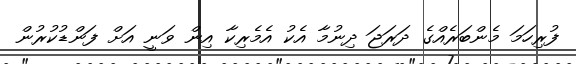
ފުރިހަމަ މެންބަރެއްގެ ދަރަޖަ ދިނުމާ އެކު އެމެރިކާ އިން ވަނީ އަށް ފަންޑުކުރުން